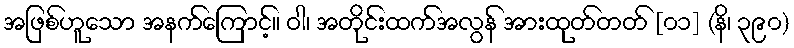
အဖြစ်ဟူသော အနက်ကြောင့်။ ဝါ၊ အတိုင်းထက်အလွန် အားထုတ်တတ် [၀၁] (နိ၊ ၃၉၀)